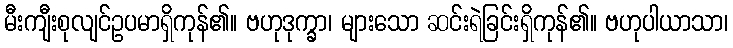
မီးကျီးစုလျင်ဥပမာရှိကုန်၏။ ဗဟုဒုက္ခာ၊ များသော ဆင်းရဲခြင်းရှိကုန်၏။ ဗဟုပါယာသာ၊